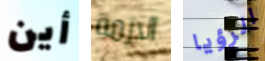
أين الازمة الرؤيا